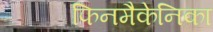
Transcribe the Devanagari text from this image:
फिनमैकेनिका